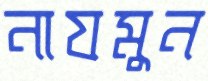
নাযমুন